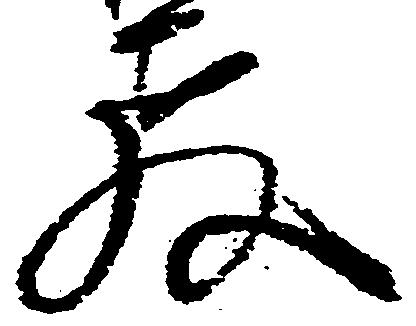
教